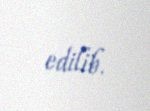
edilib.